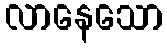
လာနေသော